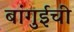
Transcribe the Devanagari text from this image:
बांगुईची